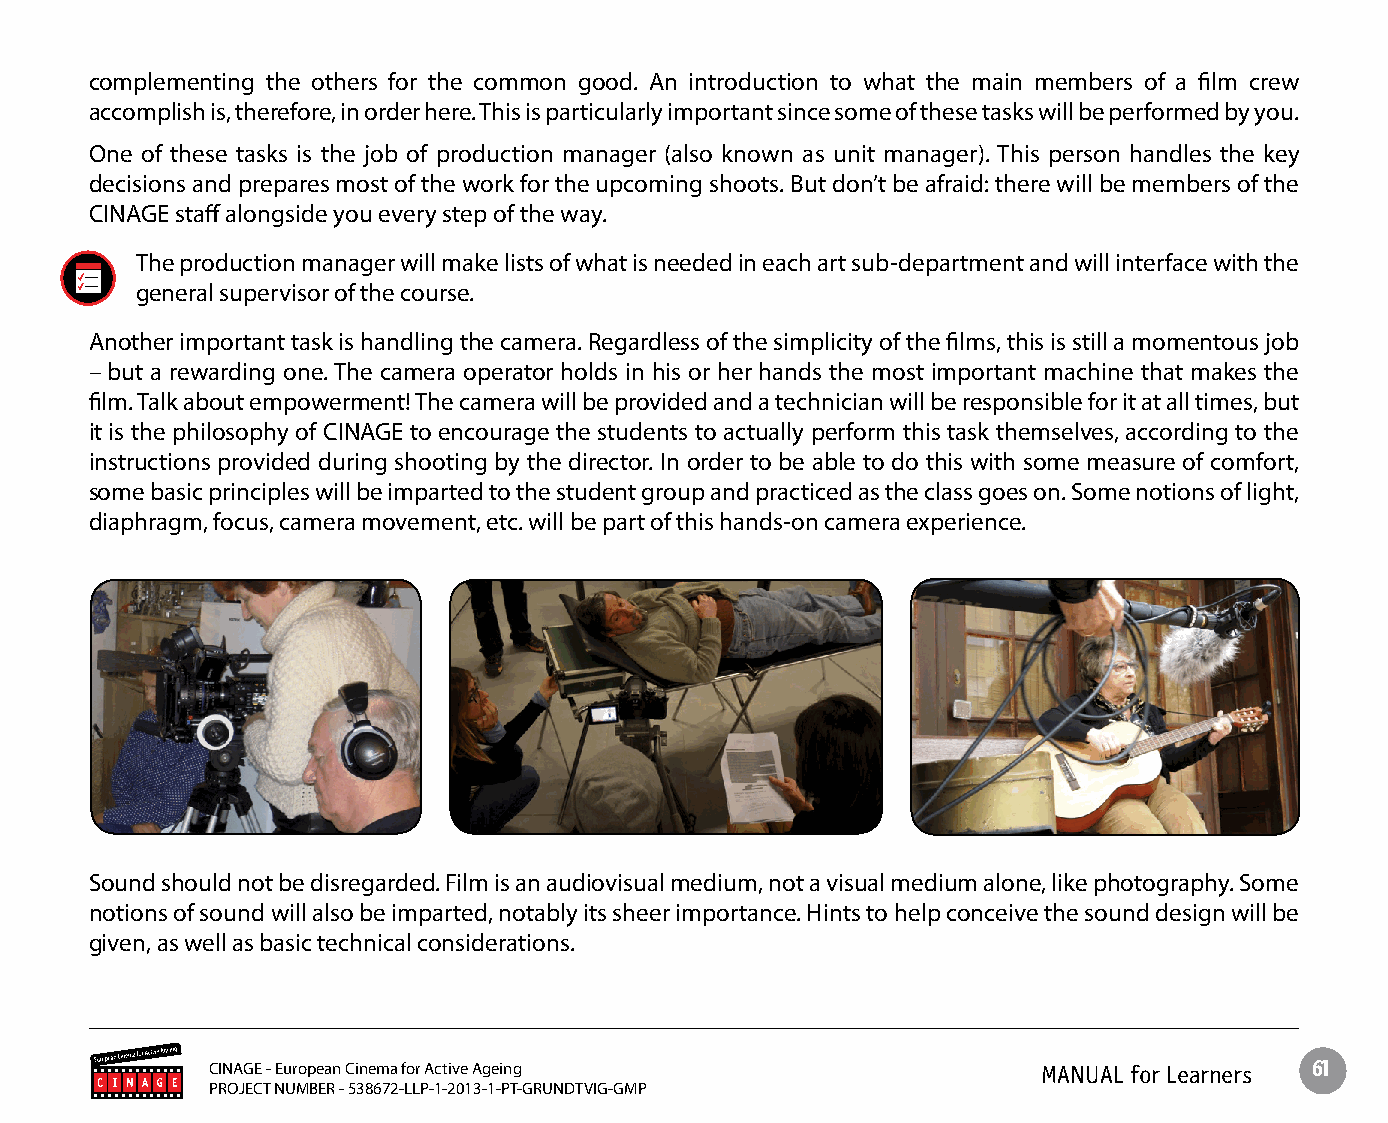
complementing the others for the common good. An introduction to what the main members of a film crew
 accomplish is, therefore, in order here. This is particularly important since some of these tasks will be performed by you.
 One of these tasks is the job of production manager (also known as unit manager). This person handles the key
 decisions and prepares most of the work for the upcoming shoots. But don’t be afraid: there will be members of the
 CINAGE staff alongside you every step of the way.
 The production manager will make lists of what is needed in each art sub-department and will interface with the
 general supervisor of the course.
 Another important task is handling the camera. Regardless of the simplicity of the films, this is still a momentous job
 – but a rewarding one. The camera operator holds in his or her hands the most important machine that makes the
 film. Talk about empowerment! The camera will be provided and a technician will be responsible for it at all times, but
 it is the philosophy of CINAGE to encourage the students to actually perform this task themselves, according to the
 instructions provided during shooting by the director. In order to be able to do this with some measure of comfort,
 some basic principles will be imparted to the student group and practiced as the class goes on. Some notions of light,
 diaphragm, focus, camera movement, etc. will be part of this hands-on camera experience.
 Sound should not be disregarded. Film is an audiovisual medium, not a visual medium alone, like photography. Some
 notions of sound will also be imparted, notably its sheer importance. Hints to help conceive the sound design will be
 given, as well as basic technical considerations.
 CINAGE - European Cinema for Active Ageing             MANUAL for Learners 61
 PROJECT NUMBER - 538672-LLP-1-2013-1-PT-GRUNDTVIG-GMP